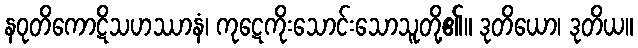
နဝုတိကောဋိသဟဿာနံ၊ ကုဋေကိုးသောင်းသောသူတို့၏။ ဒုတိယော၊ ဒုတိယ။